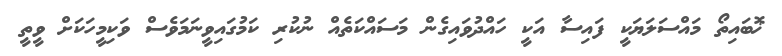
ޚޮބައިތޯ މައްސަލަޔަކީ ފައިސާ އަކީ ހައްދުވައިގެން މަސައްކަތެއް ނުކުރި ކަމުގައިވީނަމަވެސް ވަކިމީހަކަށް ވީތީ